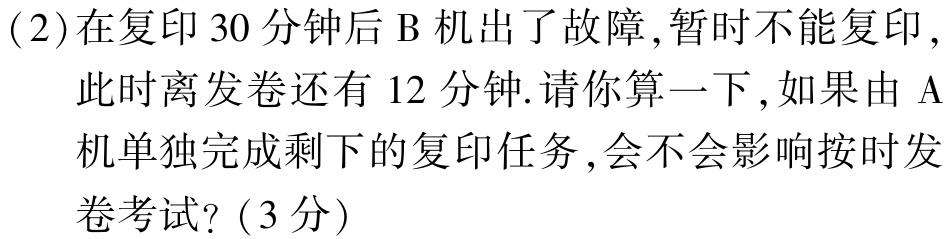
(2)在复印30分钟后B机出了故障,暂时不能复印,

此时离发卷还有12分钟.请你算一下,如果由A

机单独完成剩下的复印任务,会不会影响按时发

卷考试? (3分)